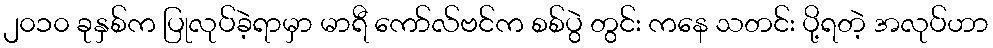
၂၀၁၀ ခုနှစ်က ပြုလုပ်ခဲ့ရာမှာ မာရီ ကော်လ်ဗင်က စစ်ပွဲ တွင်း ကနေ သတင်း ပို့ရတဲ့ အလုပ်ဟာ